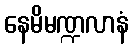
နေမိမဏ္ဍလာနံ